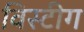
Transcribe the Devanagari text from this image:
विस्टीग